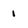
Character: 1